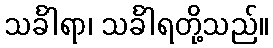
သင်္ခါရာ၊ သင်္ခါရတို့သည်။